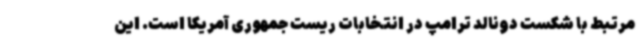
مرتبط با شکست دونالد ترامپ در انتخابات ریست جمهوری آمریکا است. این